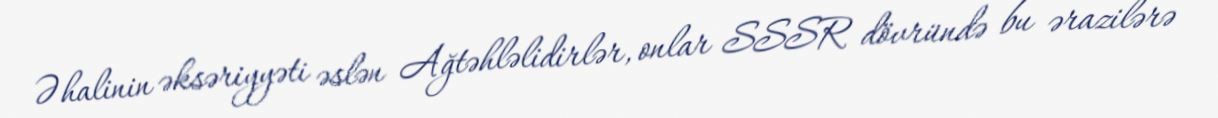
Əhalinin əksəriyyəti əslən Ağtəhləlidirlər, onlar SSSR dövründə bu ərazilərə